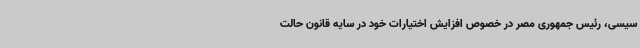
سیسی، رئیس جمهوری مصر در خصوص افزایش اختیارات خود در سایه قانون حالت